Civil Veterinary Department Bihar & Orissa reports 1911-21 - 1911-1921
Year: 1911
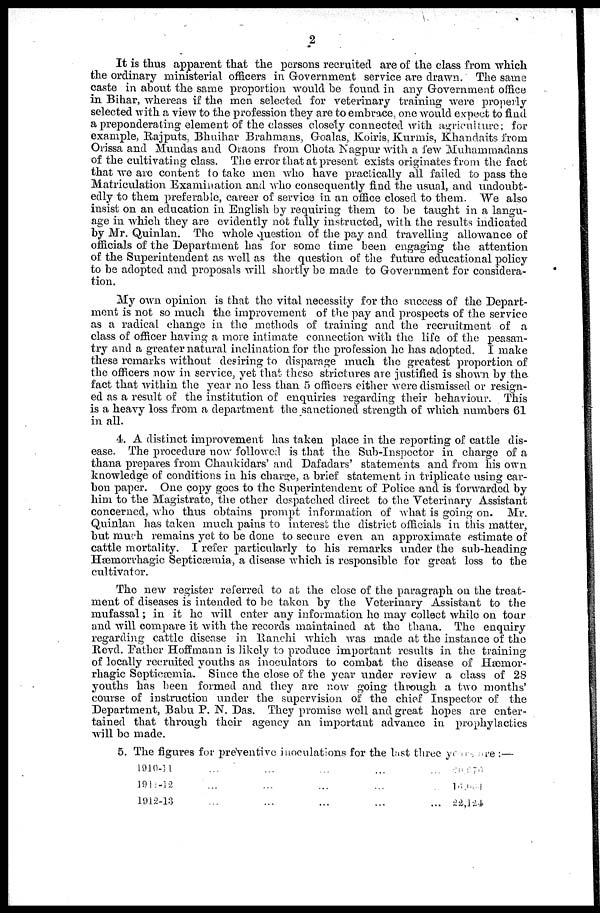
2
It is thus apparent that the persons recruited are of the class from which
the ordinary ministerial officers in Government service are drawn. The same
caste in about the same proportion would be found in any Government office
in Bihar, whereas if the men selected for veterinary training were properly
selected with a view to the profession they are to embrace, one would expect to find
a preponderating element of the classes closely connected with agriculture; for
example, Rajputs, Bhuihar Brahmans, Goalas, Koiris, Kurmis, Khandaits from
Orissa and Mundas and Oraons from Chota Nagpur with a few Muhammadans
of the cultivating class. The error that at present exists originates from the fact
that we are content to take men who have practically all failed to pass the
Matriculation Examination and who consequently find the usual, and undoubt-
edly to them preferable, career of service in an office closed to them. We also
insist on an education in English by requiring them to be taught in a langu-
age in which they are evidently not fully instructed, with the results indicated
by Mr. Quinlan. The whole question of the pay and travelling allowance of
officials of the Department has for some time been engaging the attention
of the Superintendent as well as the question of the future educational policy
to be adopted and proposals will shortly be made to Government for considera-
tion.
My own opinion is that the vital necessity for the success of the Depart-
ment is not so much the improvement of the pay and prospects of the service
as a radical change in the methods of training and the recruitment of a
class of officer having a more intimate connection with the life of the peasan-
try and a greater natural inclination for the profession he has adopted. I make
these remarks without desiring to disparage much the greatest proportion of
the officers now in service, yet that these strictures are justified is shown by the.
fact that within the year no less than 5 officers either were dismissed or resign-
ed as a result of the institution of enquiries regarding their behaviour. This
is a heavy loss from a department the sanctioned strength of which numbers 61
in all.
4. A distinct improvement has taken place in the reporting of cattle dis-
ease. The procedure now followed is that the Sub-Inspector in charge of a
thana prepares from Chaukidars' and Dafadars' statements and from his own
knowledge of conditions in his charge, a brief statement in triplicate using car-
bon paper. One copy goes to the Superintendent of Police and is forwarded by
him to the Magistrate, the other despatched direct to the Veterinary Assistant
concerned, who thus obtains prompt information of what is going on. Mr.
Quinlan has taken much pains to interest the district officials in this matter,
but much remains yet to be done to secure even an approximate estimate of
cattle mortality. I refer particularly to his remarks under the sub-heading
Hæmorrhagic Septicæmia, a disease which is responsible for great loss to the
cultivator.
The new register referred to at the close of the paragraph on the treat-
ment of diseases is intended to be taken by the Veterinary Assistant to the
mufassal; in it he will enter any information he may collect while on tour
and will compare it with the records maintained at the thana. The enquiry
regarding cattle disease in Ranchi which was made at the instance of the
Revd. Father Hoffmann is likely to produce important results in the training
of locally recruited youths as inoculators to combat the disease of Hæmor-
rhagic Septicæmia. Since the close of the year under review a class of 28
youths has been formed and they are now going through a two months'
course of instruction under the supervision of the chief Inspector of the
Department, Babu P. N. Das. They promise well and great hopes are enter-
tained that through their agency an important advance in prophylactics
will be made.
5. The figures for preventive inoculations for the last three years are :—
1910-11 ... ... ... ... ...
1911-12 ... ... ... ... ...
1912-13 ... ... ... ... ...
20,970
16,664
22,124